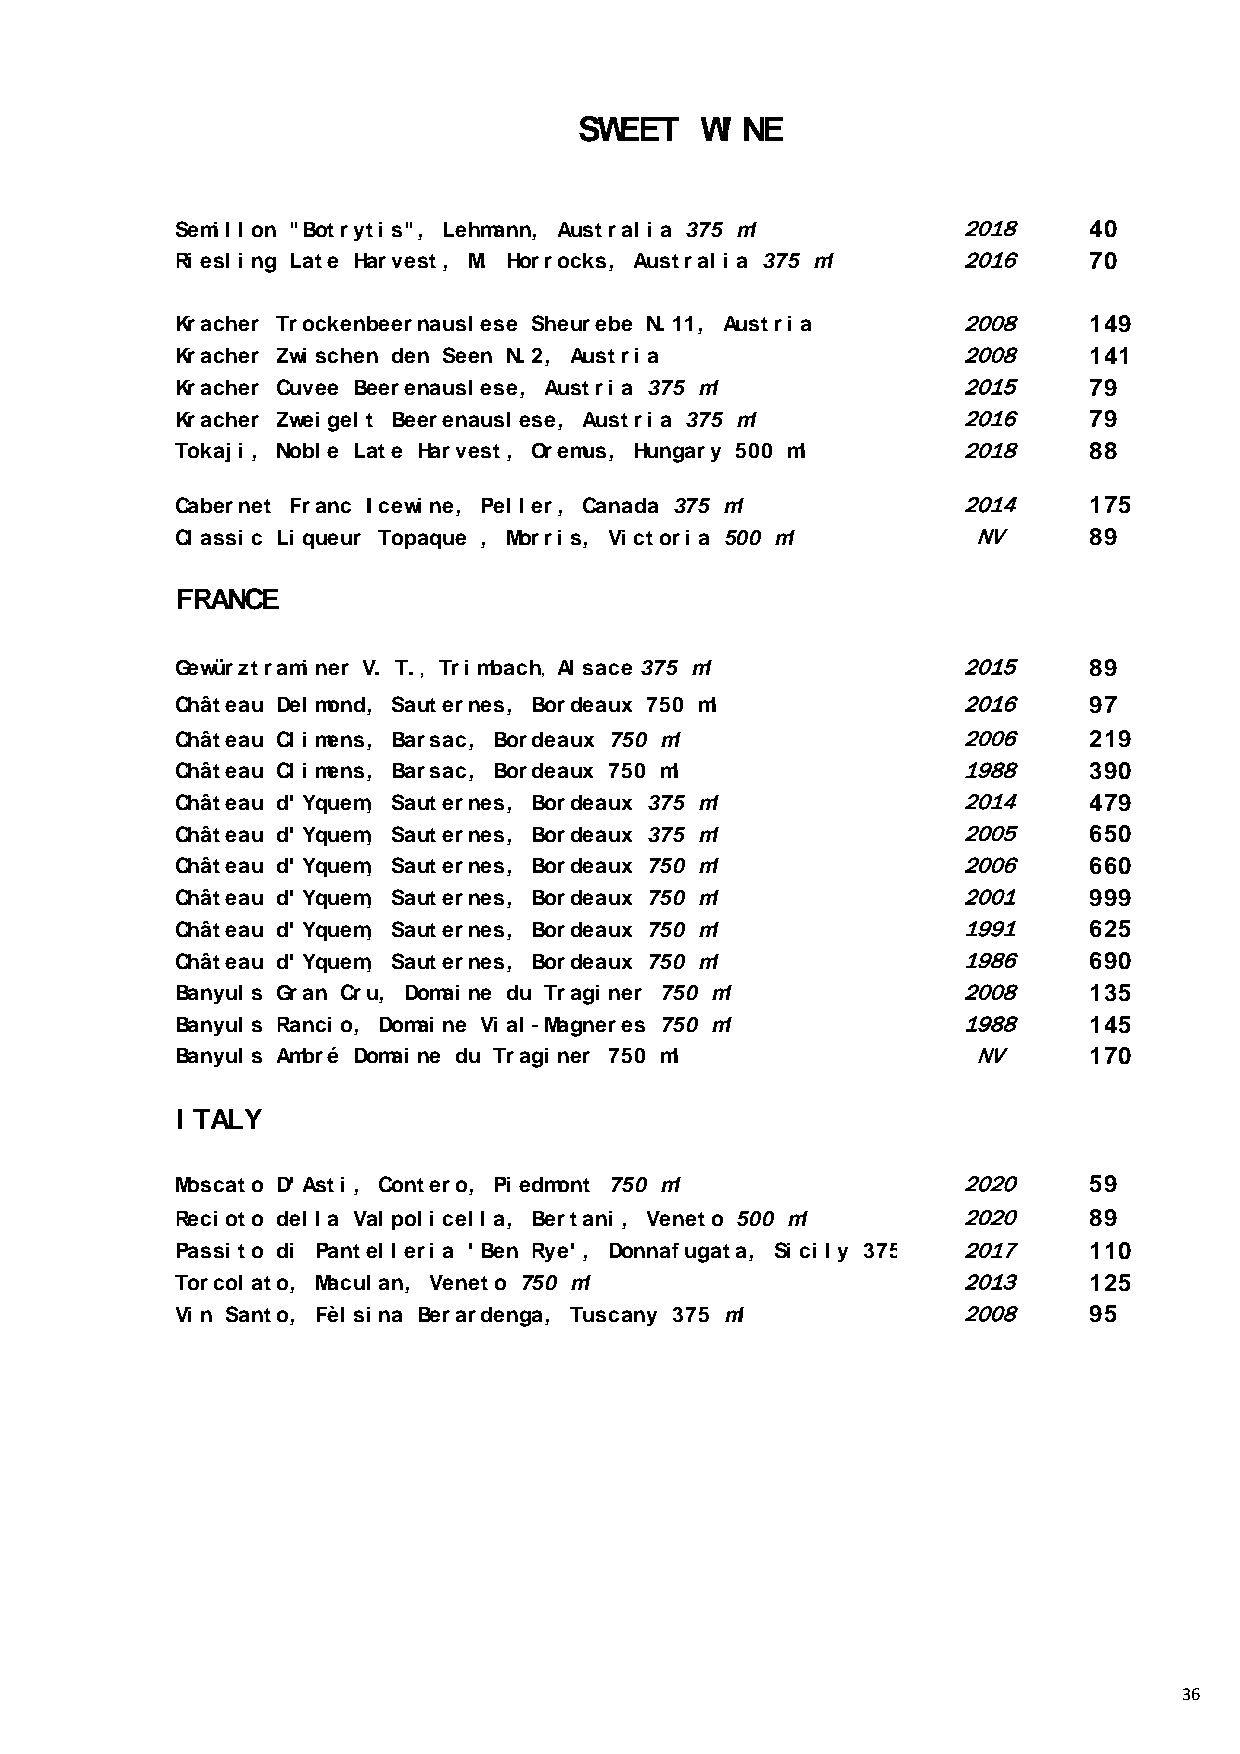
SWEET   WI NE
 Semi l l on "Botryti s", Lehmann, Austral i a 375 ml 2018    40
 Ri esl i ng Late Harvest, M. Horrocks, Austral i a 375 ml 2016 70
 Kracher Trockenbeernausl ese Sheurebe N. 11, Austri a 2008   149
 Kracher Zwi schen den Seen N. 2, Austri a           2008     141
 Kracher Cuvee Beerenausl ese, Austri a 375 ml       2015     79
 Kracher Zwei gel t Beerenausl ese, Austri a 375 ml  2016     79
 Tokaj i , Nobl e Late Harvest, Oremus, Hungary 500 ml 2018   88
 Cabernet Franc I cewi ne, Pel l er, Canada 375 ml   2014     175
 Cl assi c Li queur Topaque , Morri s, Vi ctori a 500 ml NV   89
 FRANCE
 Gewürztrami ner V. T. , Tri mbach, Al sace 375 ml   2015     89
 Château Del mond, Sauternes, Bordeaux 750 ml        2016     97
 Château Cl i mens, Barsac, Bordeaux 750 ml          2006     219
 Château Cl i mens, Barsac, Bordeaux 750 ml          1988     390
 Château d' Yquem, Sauternes, Bordeaux 375 ml        2014     479
 Château d' Yquem, Sauternes, Bordeaux 375 ml        2005     650
 Château d' Yquem, Sauternes, Bordeaux 750 ml        2006     660
 Château d' Yquem, Sauternes, Bordeaux 750 ml        2001     999
 Château d' Yquem, Sauternes, Bordeaux 750 ml        1991     625
 Château d' Yquem, Sauternes, Bordeaux 750 ml        1986     690
 Banyul s Gran Cru, Domai ne du Tragi ner 750 ml     2008     135
 Banyul s Ranci o, Domai ne Vi al -Magneres 750 ml   1988     145
 Banyul s Ambré Domai ne du Tragi ner 750 ml          NV      170
 I TALY
 Moscato D' Asti , Contero, Pi edmont 750 ml         2020     59
 Reci oto del l a Val pol i cel l a, Bertani , Veneto 500 ml 2020 89
 Passi to di Pantel l eri a ' Ben Rye' , Donnafugata, Si ci l y 375 2017 110
 Torcol ato, Macul an, Veneto 750 ml                 2013     125
 Vi n Santo, Fèl si na Berardenga, Tuscany 375 ml    2008     95
 36